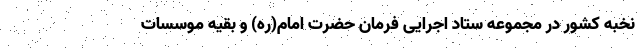
نخبه کشور در مجموعه ستاد اجرایی فرمان حضرت امام(ره) و بقیه موسسات